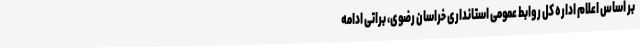
بر اساس اعلام اداره کل روابط عمومی استانداری خراسان رضوی، براتی ادامه